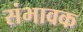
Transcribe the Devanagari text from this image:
संभावक